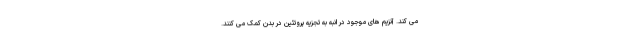
می کند. آنزیم های موجود در انبه به تجزیه پروتئین در بدن کمک می کنند.